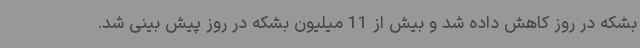
بشکه در روز کاهش داده شد و بیش از 11 میلیون بشکه در روز پیش بینی شد.